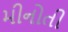
મીનોતી